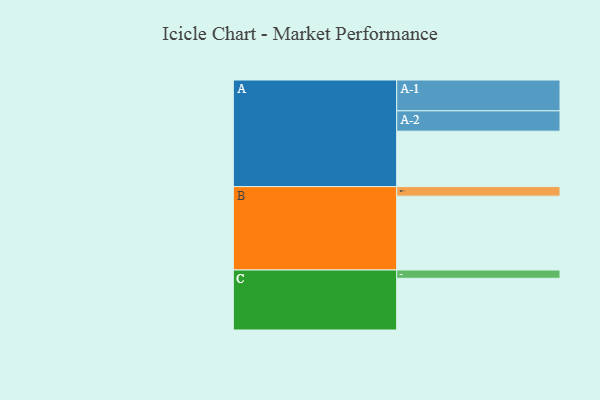
{"axis": {"x": "Segment", "y": "Value"}, "legend": ["", "A", "B", "C"], "data": [{"x": "A", "y": 435, "type": ""}, {"x": "B", "y": 580, "type": ""}, {"x": "C", "y": 406, "type": ""}, {"x": "A-1", "y": 242, "type": "A"}, {"x": "A-2", "y": 160, "type": "A"}, {"x": "B-1", "y": 75, "type": "B"}, {"x": "C-1", "y": 65, "type": "C"}]}